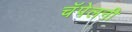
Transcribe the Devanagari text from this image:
चॅपेलनी